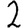
Digit: 2